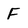
Character: F